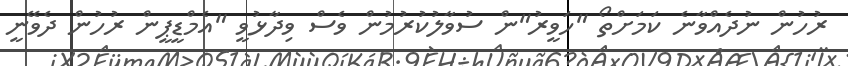
ރުހުން ނުދެއްވާނެ ކަމަށްތޯ "ހަވީރު"ން ސުވާލުކުރުމުން ވެސް ވިދާޅުވީ "އެމްޑީޕީން ރުހުން ދެވޭނީ